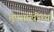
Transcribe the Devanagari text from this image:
तूपसाखरेच्या